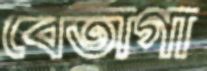
বেতাগা